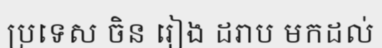
ប្រទេស ចិន រៀង ដរាប មកដល់